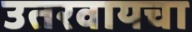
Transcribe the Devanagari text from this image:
उतरवायचा